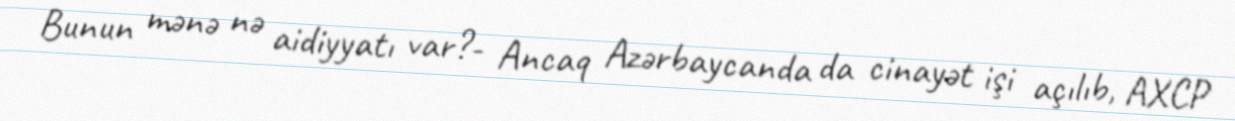
Bunun mənə nə aidiyyatı var?- Ancaq Azərbaycanda da cinayət işi açılıb, AXCP